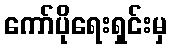
ကော်ပိုရေးရှင်းမှ